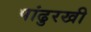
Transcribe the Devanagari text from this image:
पांढुरखी